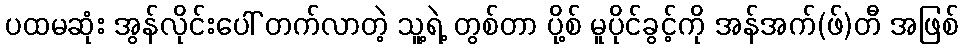
ပထမဆုံး အွန်လိုင်းပေါ် တက်လာတဲ့ သူ့ရဲ့ တွစ်တာ ပို့စ် မူပိုင်ခွင့်ကို အန်အက်(ဖ်)တီ အဖြစ်